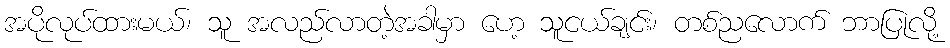
အပိုလုပ်ထားမယ်၊ သူ အလည်လာတဲ့အခါမှာ ဟေ့ သူငယ်ချင်း၊ တစ်ညလောက် ဘာပြုလို့